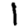
Digit: 1